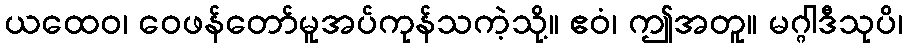
ယထေဝ၊ ဝေဖန်တော်မူအပ်ကုန်သကဲ့သို့။ ဧဝံ၊ ဤအတူ။ မဂ္ဂါဒီသုပိ၊